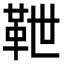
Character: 靾